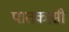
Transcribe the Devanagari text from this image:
पातकासी